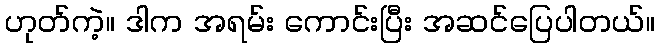
ဟုတ်ကဲ့။ ဒါက အရမ်း ကောင်းပြီး အဆင်ပြေပါတယ်။